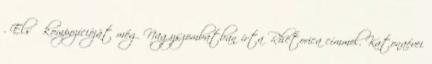
. Első kompozícióját még Nagyszombatban írta Rhetorica címmel. Katonaévei